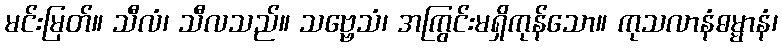
မင်းမြတ်။ သီလံ၊ သီလသည်။ သဗ္ဗေသံ၊ အကြွင်းမရှိကုန်သော။ ကုသလာနံဓမ္မာနံ၊